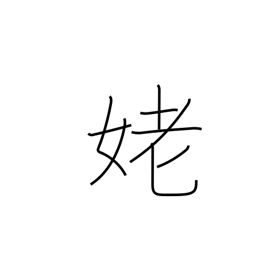
Meaning: old woman